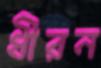
ধীরন